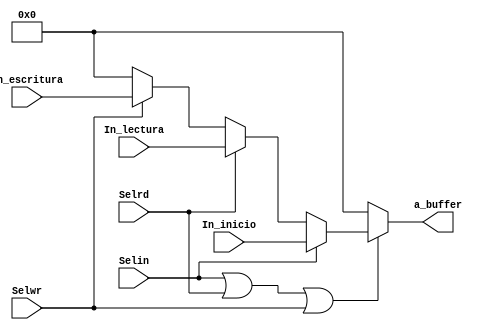
`timescale 1ns / 1ps
//////////////////////////////////////////////////////////////////////////////////
// Company: 
// Engineer: 
// 
// Design Name: 
// Module Name:    MUX_FINAL 
// Project Name: 
// Target Devices: 
// Tool versions: 
// Description: 
//
// Dependencies: 
//
// Revision: 
// Revision 0.01 - File Created
// Additional Comments: 
//
//////////////////////////////////////////////////////////////////////////////////
module MUX_FINAL(
    input [7:0] In_inicio,
    input [7:0] In_lectura,//IIinp
	 input [7:0] In_escritura,
	 output reg [7:0] a_buffer,///entrada y salida RTC
	// output [7:0] RTC_LEER,
	 input Selin,
	 input Selrd,
	 input Selwr
	 //input SelLeer
    );
/*	 
reg   a;
reg   b;

assign RTC = Z ? a : 8'bZ ;
assign outRd  = b;

// Always Construct

always @ (posedge clk)
begin
if(Selin=1)begin
		dato_temp=In_inicio;end
		else if(Selwr=1)begin
				dato_temp=In_escritura;end
				else if(Selrd==1)begin
					dato_temp=In_lectura; end
    b = RTC;
	 
	 
	 b <= RTC;
    a <=In_lectura;
end
*/
	 
	 always@*
	 begin 
		if(Selin==1 || Selrd==1 || Selwr==1) begin
					if(Selin) begin
						a_buffer = In_inicio;///Deja pasar datos de inicializacion a RTC
						end
					else if(Selrd)begin
						a_buffer = In_lectura;///Deja pasar datos de lectura a RTC
						end
					else if(Selwr) begin
						a_buffer = In_escritura; ///Deja pasar datos de escritura a RTC
						end
					//else if (SelLeer)begin
						//RTC = RTC_LEER;end
						
					else begin
						a_buffer =8'b0;end
					
		end
		else
			begin 
				a_buffer =8'b0;end
		
	end
	
	
endmodule